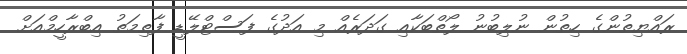
ރައްޔިތުންގެ ހިތުން ނުލިބުނު ލޯތްބަކާއި ގަދަރެއް މި އަދުގެ ފަސްޓްލޭޑީ ފާތިމަތު އިބްރާހީމްއަށް